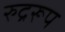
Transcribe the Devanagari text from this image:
रुद्ररूप